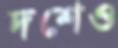
দশেও